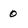
Character: 0